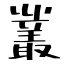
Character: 叢